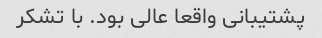
پشتیبانی واقعا عالی بود. با تشکر